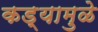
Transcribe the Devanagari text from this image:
कड्यामुळे